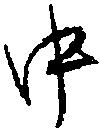
中